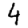
Digit: 4